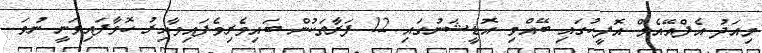
މިއަދު އެފްއޭއެމް އޮފީހުގައި ބޭއްވި އޮޑީޝަނުގައި 12 ފަރާތަކުން ބައިވެރިވެފައިވާއިރު ހޮވާފައިވަނީ ނުވަ